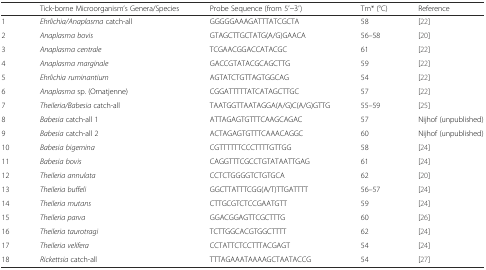
<table><thead><tr><td></td><td><b>Tick-borne Microorganism’s Genera/Species</b></td><td><b>Probe Sequence (from 5′–3′)</b></td><td><b>Tm* (°C)</b></td><td><b>Reference</b></td></tr></thead><tbody><tr><td>1</td><td><i>Ehrlichia/Anaplasma</i> catch-all</td><td>GGGGGAAAGATTTATCGCTA</td><td>58</td><td>[22]</td></tr><tr><td>2</td><td><i>Anaplasma bovis</i></td><td>GTAGCTTGCTATG(A/G)GAACA</td><td>56–58</td><td>[20]</td></tr><tr><td>3</td><td><i>Anaplasma centrale</i></td><td>TCGAACGGACCATACGC</td><td>61</td><td>[22]</td></tr><tr><td>4</td><td><i>Anaplasma marginale</i></td><td>GACCGTATACGCAGCTTG</td><td>59</td><td>[22]</td></tr><tr><td>5</td><td><i>Ehrlichia ruminantium</i></td><td>AGTATCTGTTAGTGGCAG</td><td>54</td><td>[22]</td></tr><tr><td>6</td><td><i>Anaplasma</i> sp. (Omatjenne)</td><td>CGGATTTTTATCATAGCTTGC</td><td>57</td><td>[22]</td></tr><tr><td>7</td><td><i>Theileria/Babesia</i> catch-all</td><td>TAATGGTTAATAGGA(A/G)C(A/G)GTTG</td><td>55–59</td><td>[25]</td></tr><tr><td>8</td><td><i>Babesia</i> catch-all 1</td><td>ATTAGAGTGTTTCAAGCAGAC</td><td>57</td><td>Nijhof (unpublished)</td></tr><tr><td>9</td><td><i>Babesia</i> catch-all 2</td><td>ACTAGAGTGTTTCAAACAGGC</td><td>60</td><td>Nijhof (unpublished)</td></tr><tr><td>10</td><td><i>Babesia bigemina</i></td><td>CGTTTTTTCCCTTTTGTTGG</td><td>58</td><td>[24]</td></tr><tr><td>11</td><td><i>Babesia bovis</i></td><td>CAGGTTTCGCCTGTATAATTGAG</td><td>61</td><td>[24]</td></tr><tr><td>12</td><td><i>Theileria annulata</i></td><td>CCTCTGGGGTCTGTGCA</td><td>62</td><td>[20]</td></tr><tr><td>13</td><td><i>Theileria buffeli</i></td><td>GGCTTATTTCGG(A/T)TTGATTTT</td><td>56–57</td><td>[24]</td></tr><tr><td>14</td><td><i>Theileria mutans</i></td><td>CTTGCGTCTCCGAATGTT</td><td>59</td><td>[24]</td></tr><tr><td>15</td><td><i>Theileria parva</i></td><td>GGACGGAGTTCGCTTTG</td><td>60</td><td>[26]</td></tr><tr><td>16</td><td><i>Theileria taurotragi</i></td><td>TCTTGGCACGTGGCTTTT</td><td>62</td><td>[24]</td></tr><tr><td>17</td><td><i>Theileria velifera</i></td><td>CCTATTCTCCTTTACGAGT</td><td>54</td><td>[24]</td></tr><tr><td>18</td><td><i>Rickettsia</i> catch-all</td><td>TTTAGAAATAAAAGCTAATACCG</td><td>54</td><td>[27]</td></tr></tbody></table>